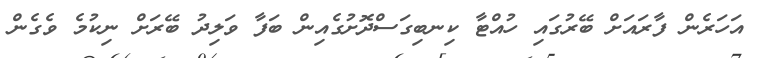
އަހަރެން ފާރައަށް ބޭރުގައި ހުއްޓާ ކިނބިގަސްދޮށުގެއިން ބަފާ ވަލިދު ބޭރަށް ނިކުމެ ވެގެން